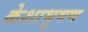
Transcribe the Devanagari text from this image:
केशाभूषण